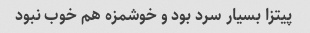
پیتزا بسیار سرد بود و خوشمزه هم خوب نبود